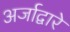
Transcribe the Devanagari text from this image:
अर्जाद्वारे